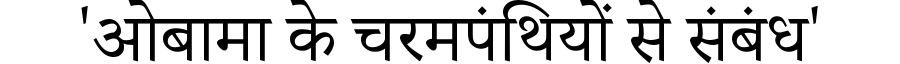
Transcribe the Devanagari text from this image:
'ओबामा के चरमपंथियों से संबंध'